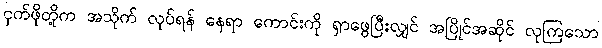
ငှက်ဖိုတို့က အသိုက် လုပ်ရန် နေရာ ကောင်းကို ရှာဖွေပြီးလျှင် အပြိုင်အဆိုင် လုကြသော